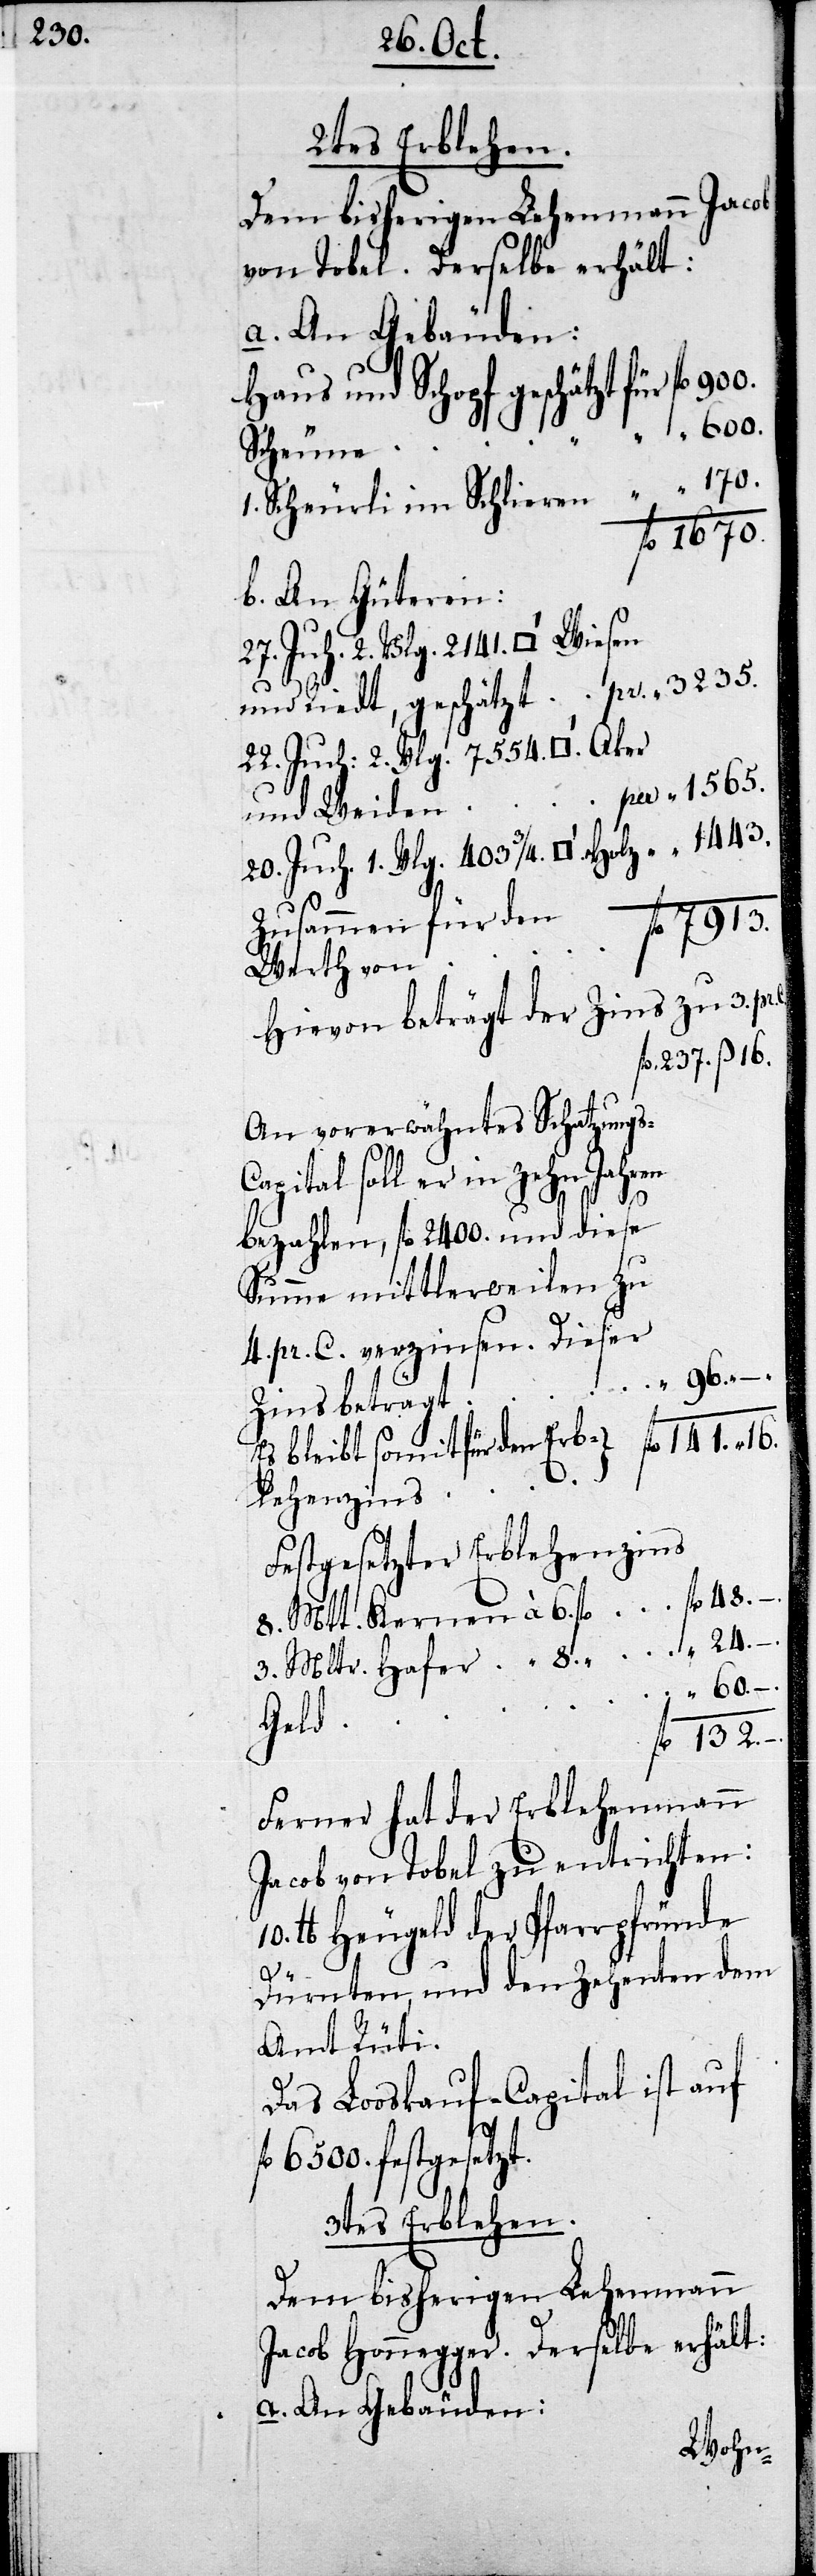
2tes Erblehen.
Dem bisherigen Lehenmann Jacob
von Tobel. Derselbe erhält:
a. An Gebäuden:
Haus und Schopf geschätzt 	für
Scheune
1. Schürli im Schlieren
fl	1670.
b. An Güteren:
27. Juch., 2. Vlg. 2141. Quadratfuß
und Riedt per geschätzt 	per fl	3235.
22. Juch, 2. Vlg. 7554. Quadratfuß
20. Juch, 1. Vlg. 403. 3/4. Quadratfuß Holz
Zusammen für den
Werth von
Hievon beträgt der Zins zu 3. pr.
237. ß. 16.
An vorerwähnten Schatzungs-C¬
apital soll er in zehen Jahren
bezahlen, fl 2400. und diese
Summe mittlerweilen zu
4. pr. C. verzinsen. Dieser
Es bleibt somit für den Erblehenzins
Festgesetzter Erblehenzins
8. Mtt. Kernen à 6.
3. Mltr. Hafer à 8fl
Geld
Ferner hat der Erblehenmann
Jacob von Tobel zu entrichten:
lb Heugeld der Pfarrpfründe
Dürnten und den Zehenten dem
Amt Rüti.
Das Loskauf-Capital ist auf
fl 6500. festgesetzt.
3tes Erblehen.
Dem bisherigen Lehenmann
Jacob Honegger. Derselbe erhält:
a. An Gebäuden: